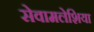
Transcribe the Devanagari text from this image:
सेवामलेशिया